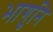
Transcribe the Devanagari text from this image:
भागुनि